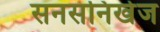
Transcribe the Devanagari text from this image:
सनसनिखेज